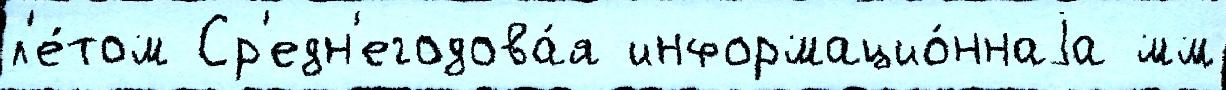
л'е́том Ср'едн'егодова́я информацио́ннаjа мм